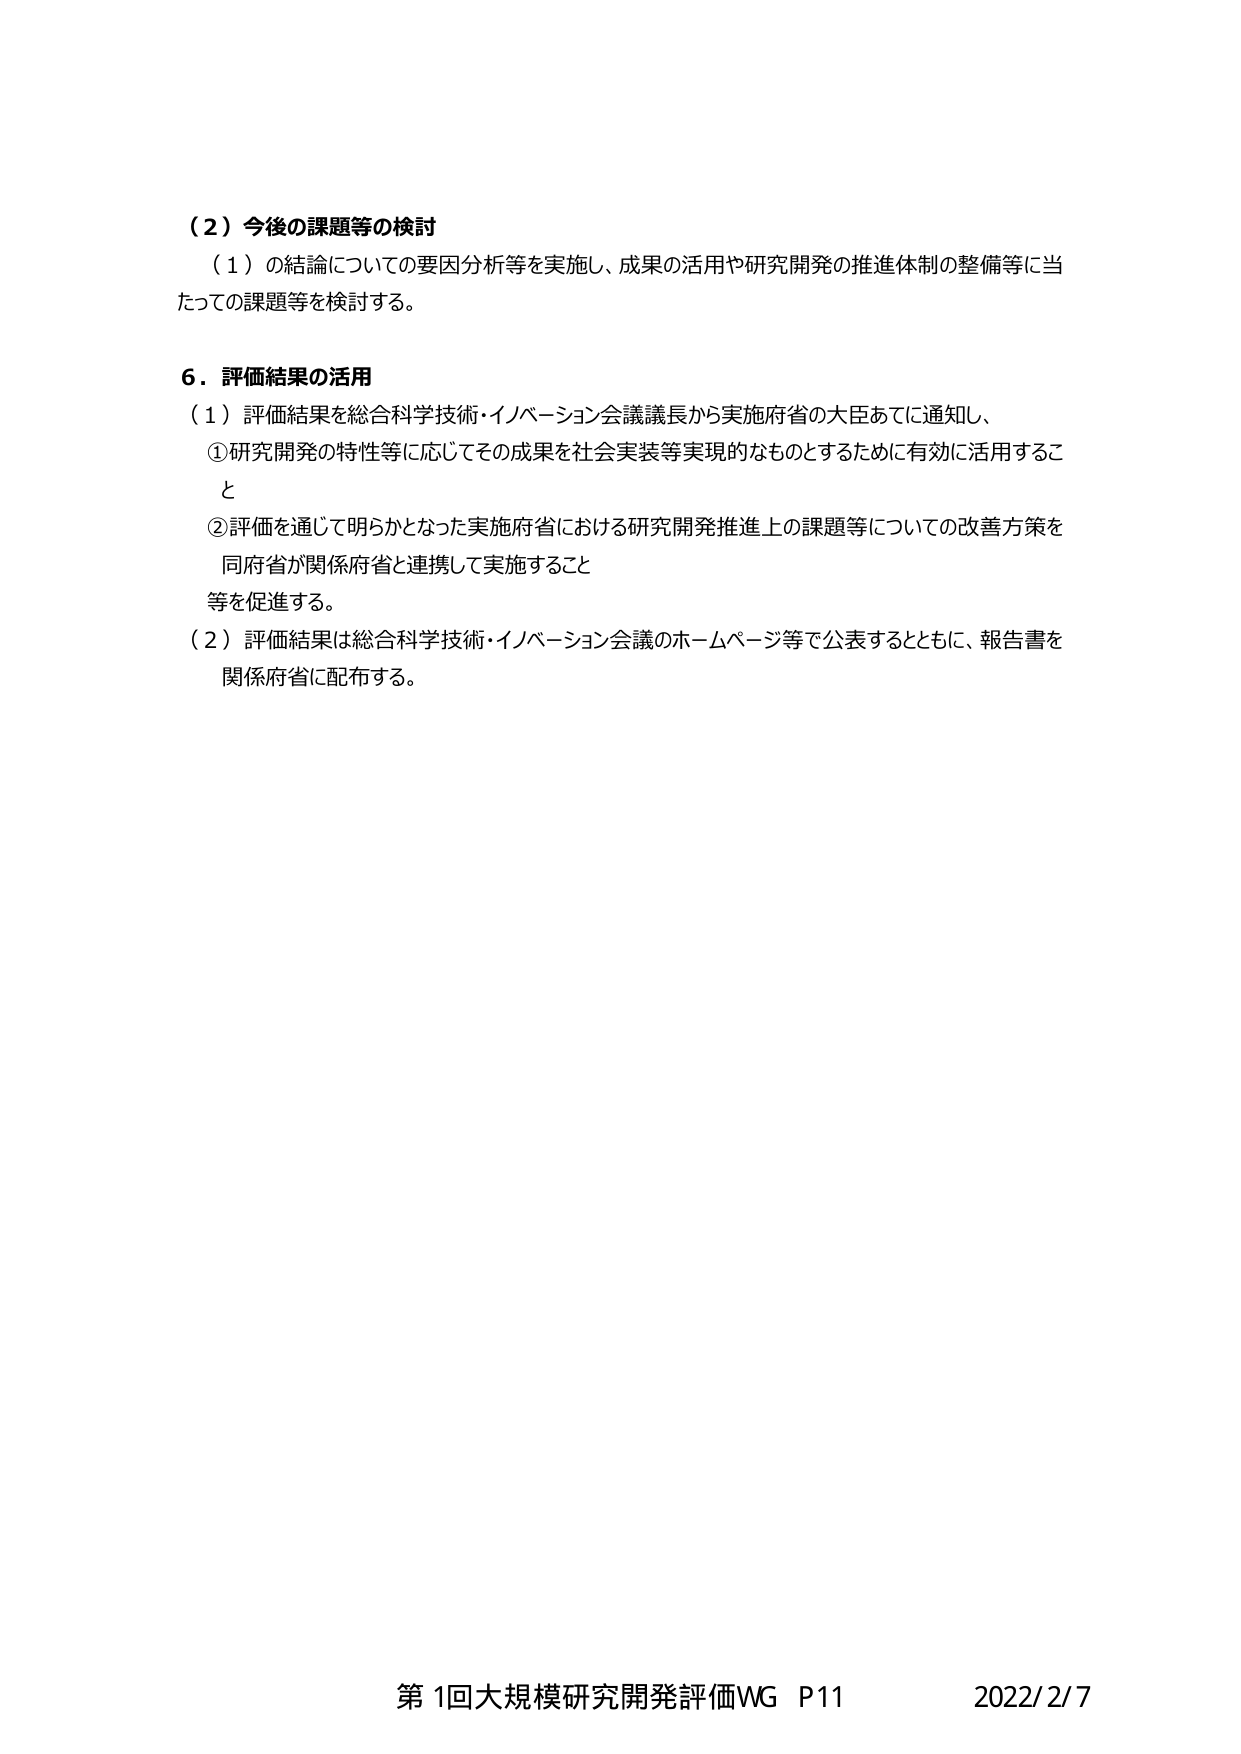
（２）今後の課題等の検討
（１）の結論についての要因分析等を実施し、成果の活用や研究開発の推進体制の整備等に当たっての課題等を検討する。

６．評価結果の活用
（１）評価結果を総合科学技術・イノベーション会議議長から実施府省の大臣あてに通知し、
①研究開発の特性等に応じてその成果を社会実装等実現的なものとするために有効に活用すること
②評価を通じて明らかとなった実施府省における研究開発推進上の課題等についての改善方策を同府省が関係府省と連携して実施すること
等を促進する。
（２）評価結果は総合科学技術・イノベーション会議のホームページ等で公表するとともに、報告書を関係府省に配布する。

第1回大規模研究開発評価WG P11 2022/2/7